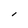
Character: l